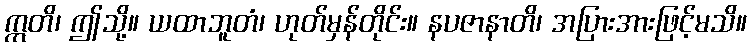
ဣတိ၊ ဤသို့။ ယထာဘူတံ၊ ဟုတ်မှန်တိုင်း။ နပဇာနာတိ၊ အပြားအားဖြင့်မသိ။